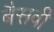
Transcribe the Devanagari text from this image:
बैसवी